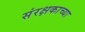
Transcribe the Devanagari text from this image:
संरक्षकाच्या